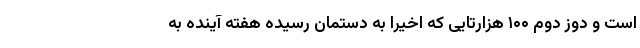
است و دوز دوم ۱۰۰ هزارتایی که اخیرا به دستمان رسیده هفته آینده به